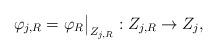
LaTeX: \begin{align*}\varphi_{j,R} = \varphi_R \big|_{Z_{j,R}} : Z_{j,R} \rightarrow Z_j,\end{align*}